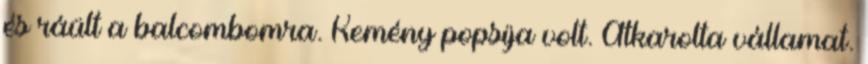
és ráült a balcombomra. Kemény popsija volt. Átkarolta vállamat.